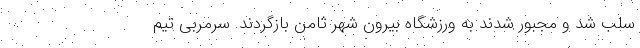
سلب شد و مجبور شدند به ورزشگاهِ بیرون شهرِ ثامن بازگردند. سرمربی تیم